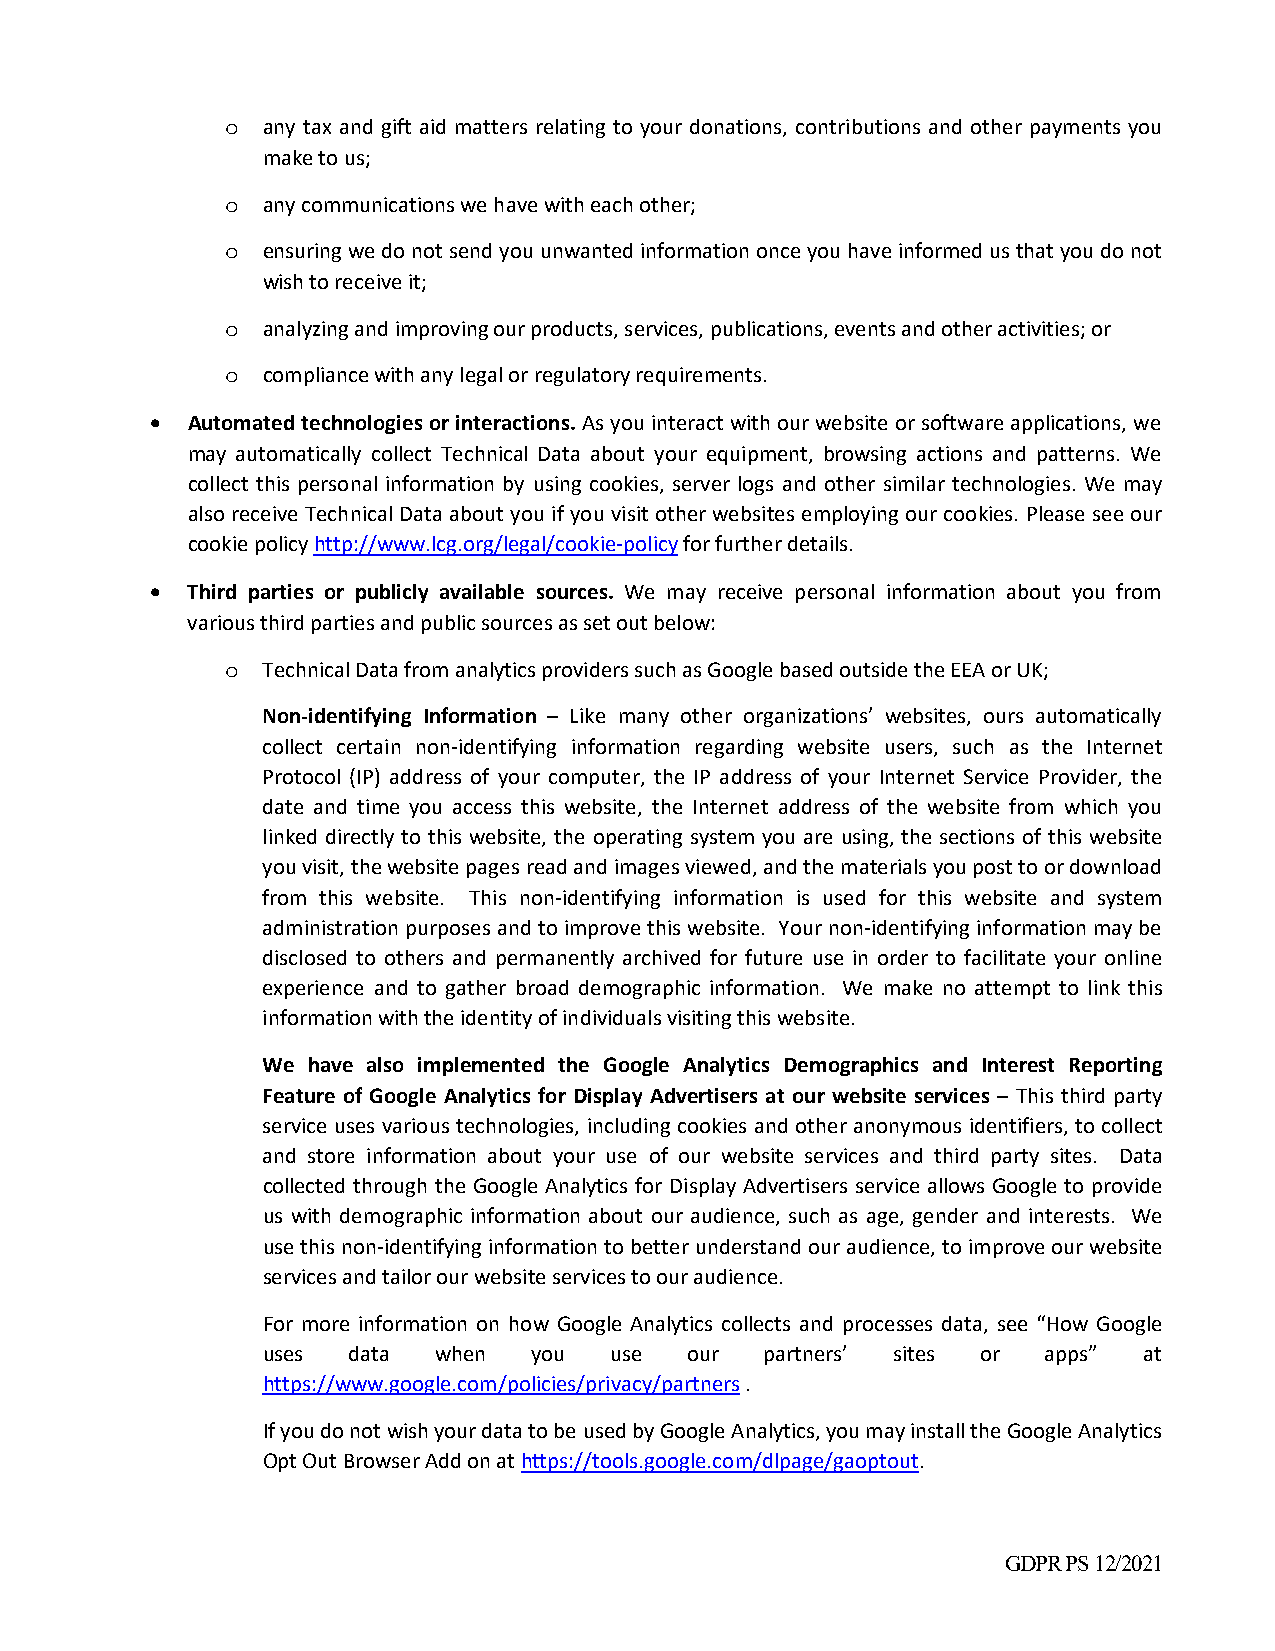
o any tax and gift aid matters relating to your donations, contributions and other payments you
 make to us;
 o any communications we have with each other;
 o ensuring we do not send you unwanted information once you have informed us that you do not
 wish to receive it;
 o analyzing and improving our products, services, publications, events and other activities; or
 o compliance with any legal or regulatory requirements.
  Automated technologies or interactions. As you interact with our website or software applications, we
 may automatically collect Technical Data about your equipment, browsing actions and patterns. We
 collect this personal information by using cookies, server logs and other similar technologies. We may
 also receive Technical Data about you if you visit other websites employing our cookies. Please see our
 cookie policy http://www.lcg.org/legal/cookie‐policy for further details.
  Third parties or publicly available sources. We may receive personal information about you from
 various third parties and public sources as set out below:
 o Technical Data from analytics providers such as Google based outside the EEA or UK;
 Non‐identifying Information – Like many other organizations’ websites, ours automatically
 collect certain non‐identifying information regarding website users, such as the Internet
 Protocol (IP) address of your computer, the IP address of your Internet Service Provider, the
 date and time you access this website, the Internet address of the website from which you
 linked directly to this website, the operating system you are using, the sections of this website
 you visit, the website pages read and images viewed, and the materials you post to or download
 from this website. This non‐identifying information is used for this website and system
 administration purposes and to improve this website. Your non‐identifying information may be
 disclosed to others and permanently archived for future use in order to facilitate your online
 experience and to gather broad demographic information. We make no attempt to link this
 information with the identity of individuals visiting this website.
 We have also implemented the Google Analytics Demographics and Interest Reporting
 Feature of Google Analytics for Display Advertisers at our website services – This third party
 service uses various technologies, including cookies and other anonymous identifiers, to collect
 and store information about your use of our website services and third party sites. Data
 collected through the Google Analytics for Display Advertisers service allows Google to provide
 us with demographic information about our audience, such as age, gender and interests. We
 use this non‐identifying information to better understand our audience, to improve our website
 services and tailor our website services to our audience.
 For more information on how Google Analytics collects and processes data, see “How Google
 uses  data  when  you  use   our  partners’ sites or apps” at
 https://www.google.com/policies/privacy/partners .
 If you do not wish your data to be used by Google Analytics, you may install the Google Analytics
 Opt Out Browser Add on at https://tools.google.com/dlpage/gaoptout.
 GDPR PS 12/2021